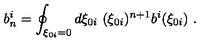
b _ { n } ^ { i } = \oint _ { \xi _ { 0 i } = 0 } d \xi _ { 0 i } \ ( \xi _ { 0 i } ) ^ { n + 1 } b ^ { i } ( \xi _ { 0 i } ) \ .